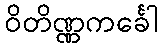
ဝိတိဏ္ဏကင်္ခေါ